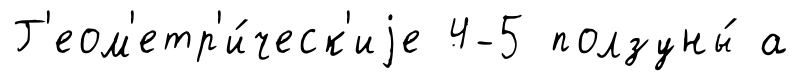
Г'еом'етр'и́ческ'иjе 4-5 ползуны́ а